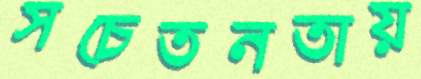
সচেতনতায়